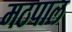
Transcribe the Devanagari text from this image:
मठपाल